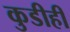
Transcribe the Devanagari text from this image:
कुडीही